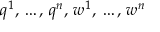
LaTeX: \displaystyle q ^ { 1 } , \, \ldots , \, q ^ { n } , \, w ^ { 1 } , \, \ldots , \, w ^ { n }